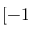
[ - 1